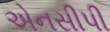
એનસીપી